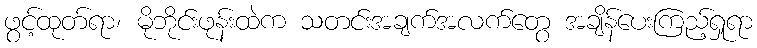
ဖွင့်ထုတ်ရာ၊ မိုဘိုင်းဖုန်းထဲက သတင်းအချက်အလက်တွေ အချိန်ပေးကြည့်ရှုရာ